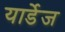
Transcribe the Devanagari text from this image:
यार्डेज